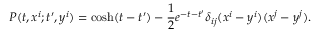
P ( t , x ^ { i } ; t ^ { \prime } , y ^ { i } ) = \cosh ( t - t ^ { \prime } ) - { \frac { 1 } { 2 } } e ^ { - t - t ^ { \prime } } \delta _ { i j } ( x ^ { i } - y ^ { i } ) ( x ^ { j } - y ^ { j } ) .